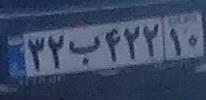
۳۲ب۴۲۲۱۰